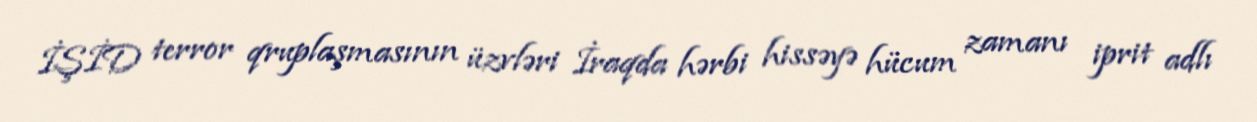
İŞİD terror qruplaşmasının üzvləri İraqda hərbi hissəyə hücum zamanı iprit adlı